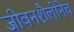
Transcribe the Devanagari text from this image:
जीवनशैलीनेच